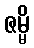
ဇမ္မိ